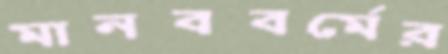
মানববর্মের